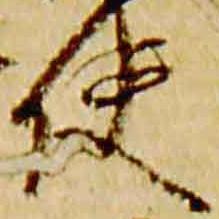
使